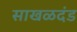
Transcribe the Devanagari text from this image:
साखळदंड